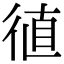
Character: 徝